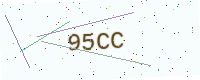
Text: 95CC